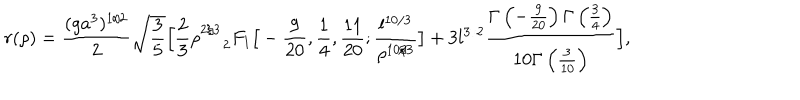
LaTeX: r ( \rho ) = \frac { ( g a ^ { 3 } ) ^ { 1 / 2 } } { 2 } \sqrt { \frac { 3 } { 5 } } \Big [ \frac { 2 } { 3 } \rho _ { \: \quad 2 } ^ { 2 / 3 } F _ { 1 } \big [ - \frac { 9 } { 2 0 } , \frac { 1 } { 4 } , \frac { 1 1 } { 2 0 } ; \frac { l ^ { 1 0 / 3 } } { \rho ^ { 1 0 / 3 } } \big ] + 3 l ^ { 3 / 2 } \frac { \Gamma \left( - \frac { 9 } { 2 0 } \right) \Gamma \left( \frac { 3 } { 4 } \right) } { 1 0 \Gamma \left( \frac { 3 } { 1 0 } \right) } \Big ] ,